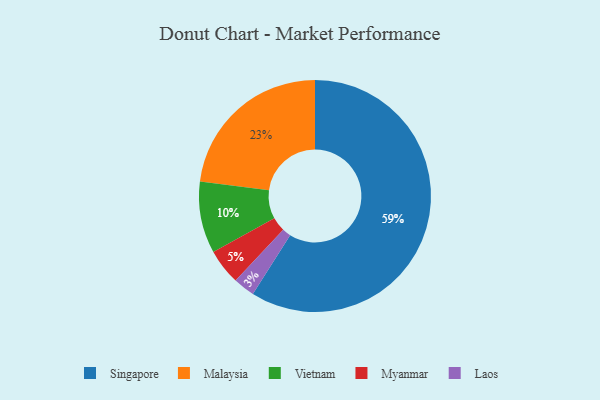
{"axis": {"x": "Category", "y": "Percentage"}, "legend": ["Laos", "Malaysia", "Myanmar", "Singapore", "Vietnam"], "data": [{"x": "Singapore", "y": 59, "type": "Singapore"}, {"x": "Malaysia", "y": 23, "type": "Malaysia"}, {"x": "Vietnam", "y": 10, "type": "Vietnam"}, {"x": "Laos", "y": 3, "type": "Laos"}, {"x": "Myanmar", "y": 5, "type": "Myanmar"}]}